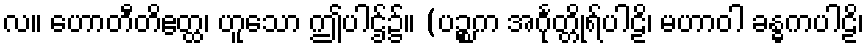
လ။ ဟောတီတိဧတ္ထ၊ ဟူသော ဤပါဌ်၌။ (ပဉ္စက အင်္ဂုတ္တိုရ်ပါဠိ၊ မဟာဝါ ခန္ဓကပါဠိ၊